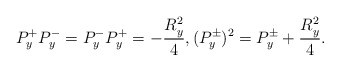
\begin{align*}P_y^+P_y^-=P_y^-P_y^+=-\frac{R_y^2}{4},(P_y^\pm)^2=P_y^\pm+\frac{R_y^2}{4}.\end{align*}